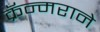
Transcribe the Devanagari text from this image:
क्रॅन्मराने